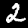
Digit: 2